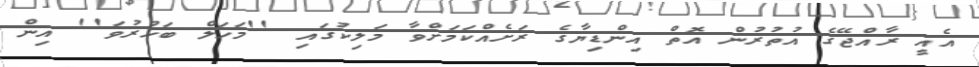
އެއީ ރާއްޖޭގެ އުތުރުން އޮތް އިންޑިޔާގެ ރަށެއްކަމަށްވާ މަލިކުގައި ''މަހަލް ބަހުރުވަ'' އިން